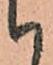
候